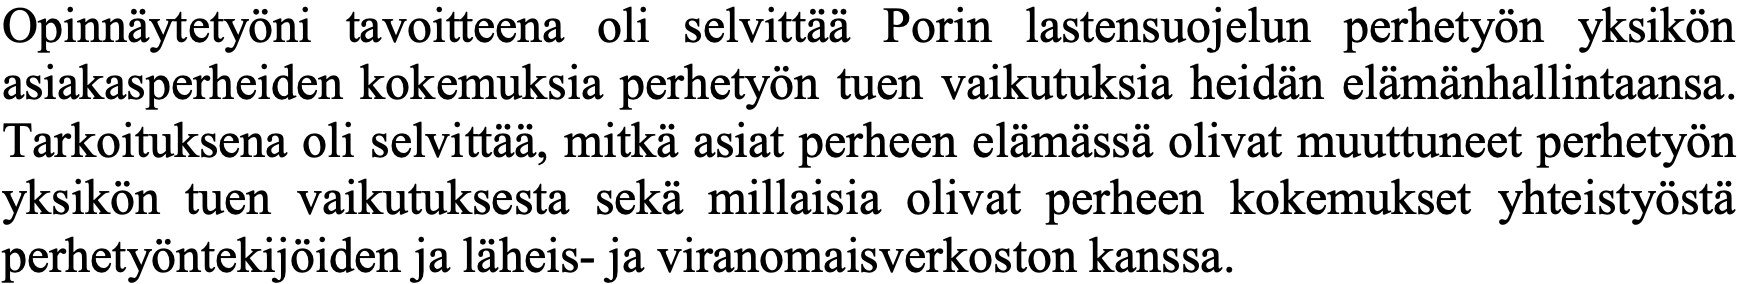
Opinnäytetyöni tavoitteena oli selvittää Porin lastensuojelun perhetyön yksikön asiakasperheiden kokemuksia perhetyön tuen vaikutuksia heidän elämänhallintaansa. Tarkoituksena oli selvittää, mitkä asiat perheen elämässä olivat muuttuneet perhetyön yksikön tuen vaikutuksesta sekä millaisia olivat perheen kokemukset yhteistyöstä perhetyöntekijöiden ja läheis- ja viranomaisverkoston kanssa.